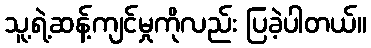
သူ့ရဲ့ဆန့်ကျင်မှုကိုလည်း ပြခဲ့ပါတယ်။